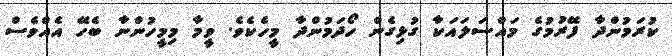
ކުރަމުންދާ ފޭރުމުގެ މައްސަލައަކާ ގުޅިގެން ހޯދަމުންދާ މީހެކެވެ. ވީމާ މިމީހުންނާ ބެހޭ އެއްވެސް